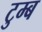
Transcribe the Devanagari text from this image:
टुम्ब